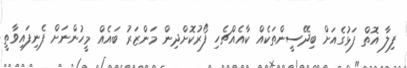
ފިލާ އޮތް ފަޅުގެއަށް ބިދޭސީންތަކެއް ކާއެއްޗެހި ފޯރުކޮށްދިން މަންޒަރު ބައެއް މީހުންނަށް ފެނިފައިވާތީ